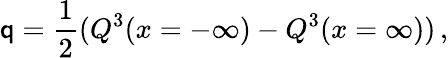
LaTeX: \mathsf{q}={\frac{{1}}{{2}}}(Q^{3}(x=-\infty)-Q^{3}(x=\infty))\, ,